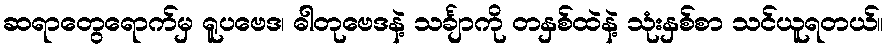
ဆရာတွေရောက်မှ ရူပဗေဒ၊ ဓါတုဗေဒနဲ့ သင်္ချာကို တနှစ်ထဲနဲ့ သုံးနှစ်စာ သင်ယူရတယ်။